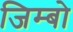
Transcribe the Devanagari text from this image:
जिम्बो